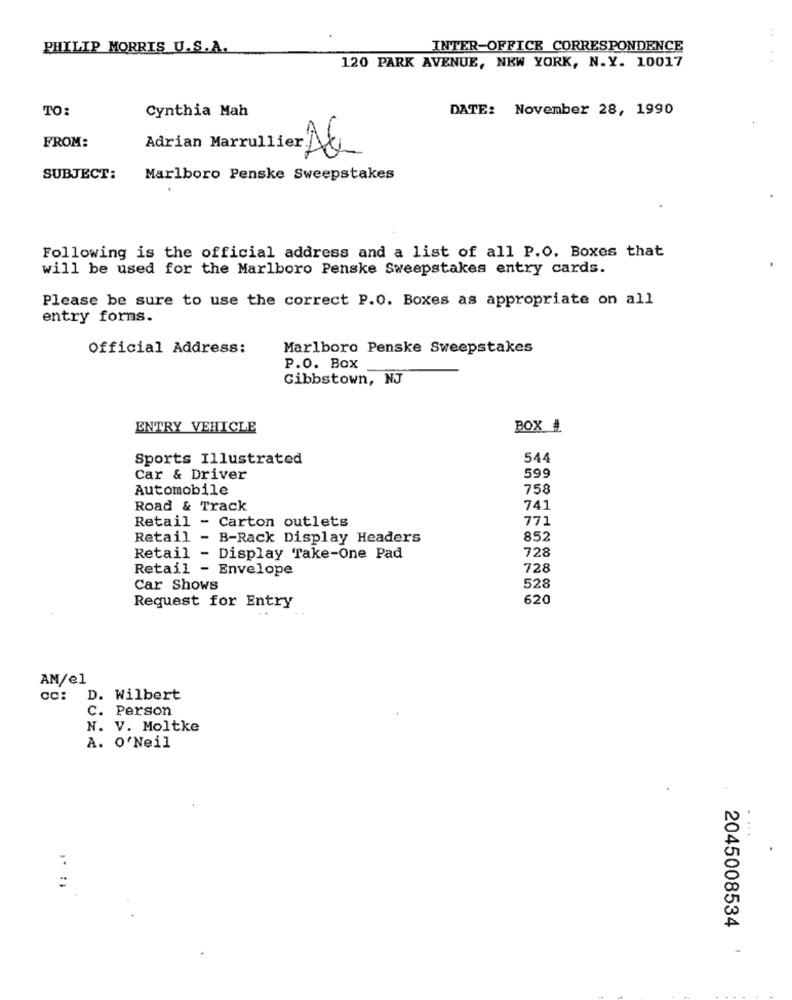
PHILIP MORRIS U.S.A.
INTER-OFFICE CORRESPONDENCE
120 PARK AVENUE, NEW YORK, N.Y. 10017
TO:
Cynthia Mah
DATE: November 28, 1990
FROM:
Adrian Marrullier Ac
SUBJECT:
Marlboro Penske Sweepstakes
Following is the official address and a list of all P.O. Boxes that
will be used for the Marlboro Penske Sweepstakes entry cards.
Please be sure to use the correct P.O. Boxes as appropriate on all
entry forns.
Official Address:
Marlboro Penske Sweepstakes
P.O. Box
Gibbstown, NJ
ENTRY VEHICLE
BOX #
Sports Illustrated
544
Car & Driver
599
Automobile
758
Road & Track
741
Retail - Carton outlets
771
Retail - B-Rack Display Headers
852
728
Retail - Display Take-One Pad
Retail - Envelope
728
Car Shows
528
Request for Entry
620
AM/el
cc: D. Wilbert
C. Person
N. V. Moltke
A. O'Neil
1: ..
=
2045008534 '